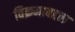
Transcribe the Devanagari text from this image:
विक्रमाबद्दल